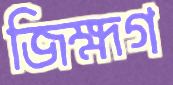
জিহ্মগ